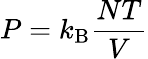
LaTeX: P=k_{\mathrm{{B}}}{\frac{NT}{V}}